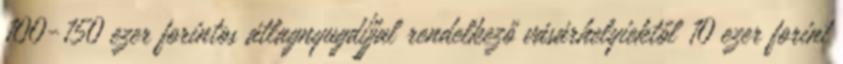
100-150 ezer forintos átlagnyugdíjjal rendelkező vásárhelyiektől 10 ezer forint